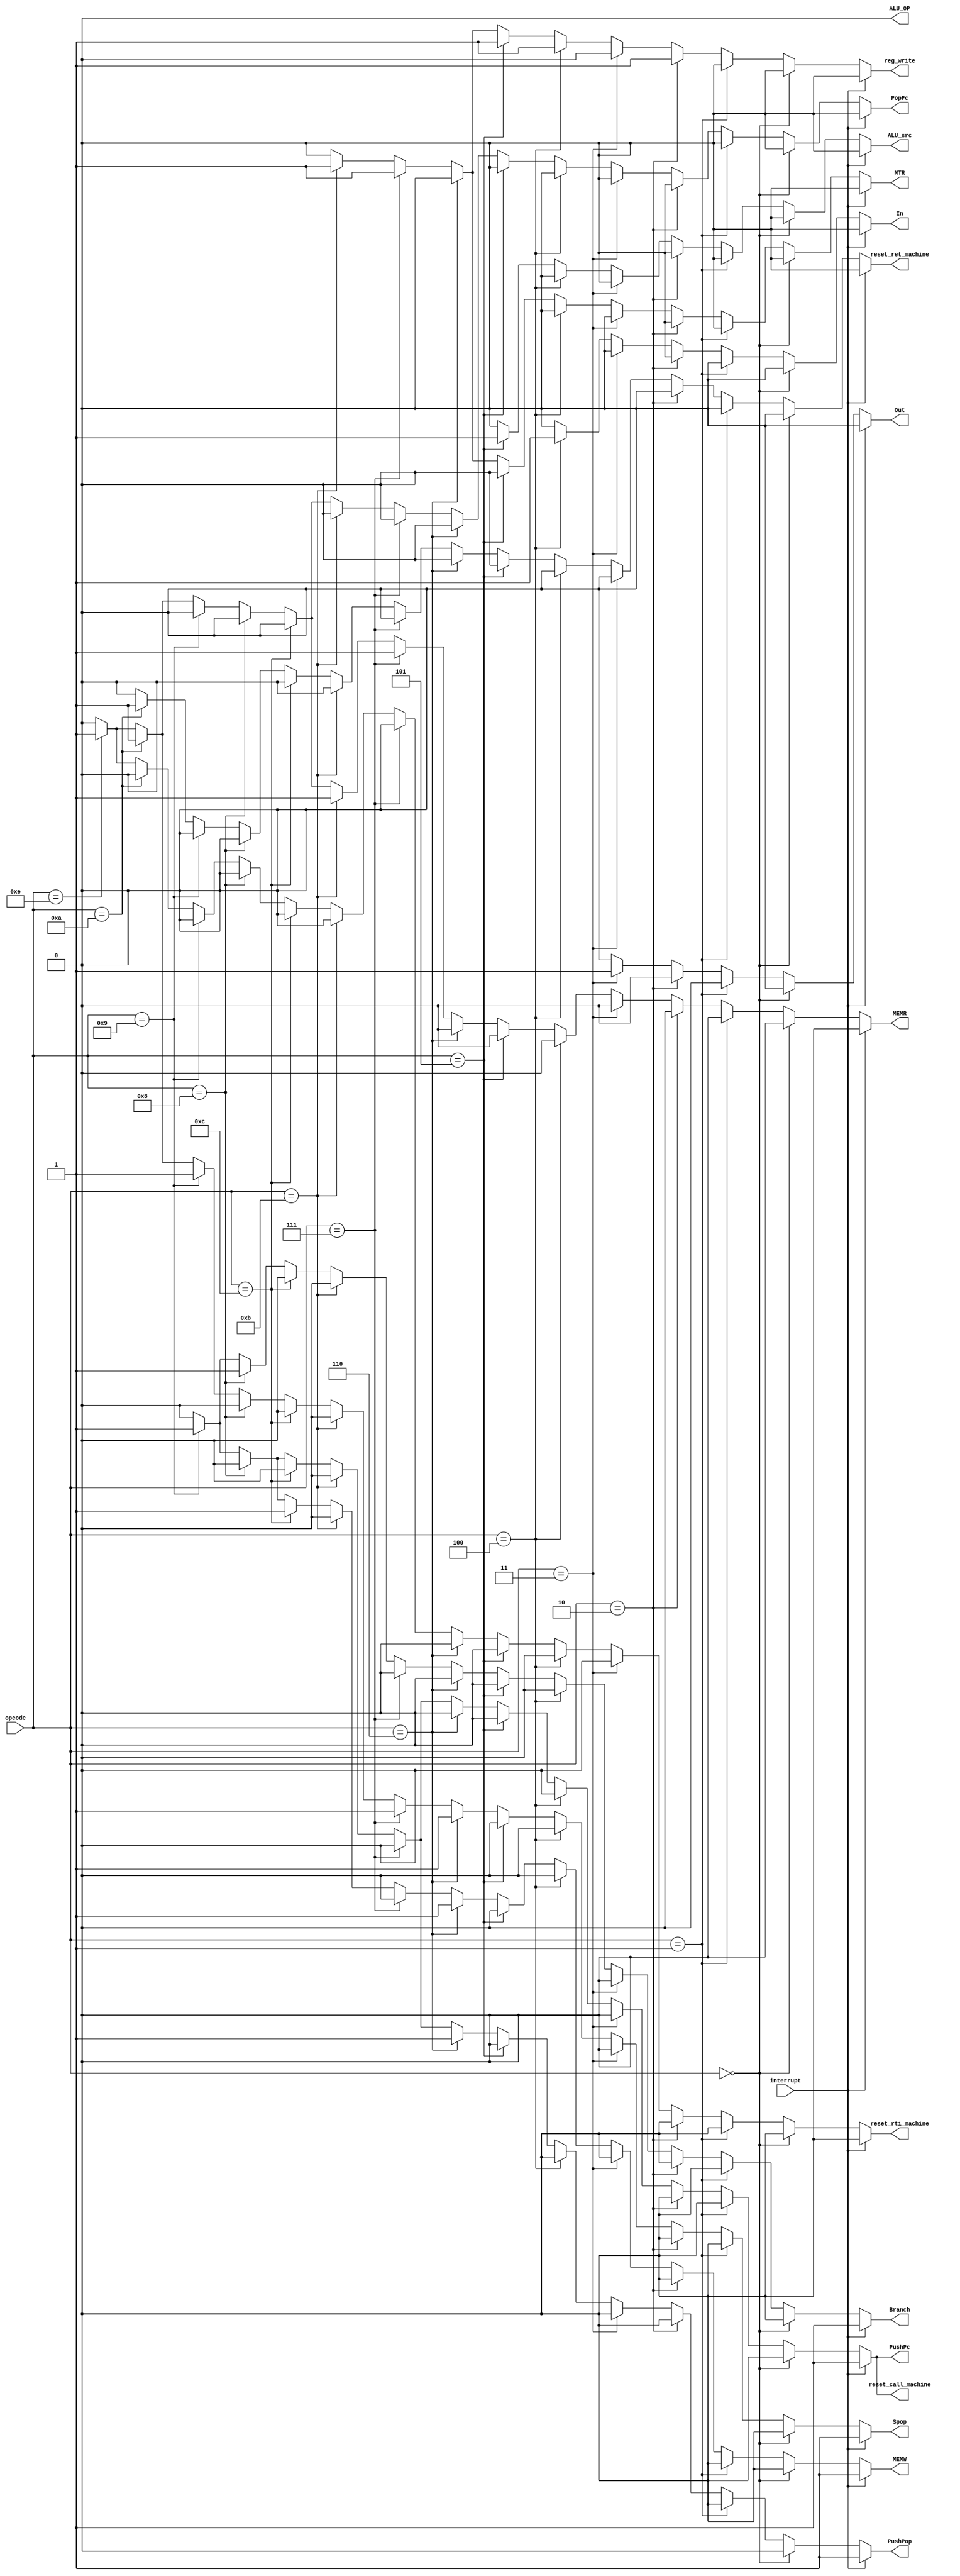

//Controle Signal
/*
Controle Unit which send controle signals 
inputs:
  - opcode(4 bits):Opcode
output:
  -ALU OP
  -ALU src
  -reg write
  -MEMR
  -MEMW
  -Memory to Reg(MTR)
  -Branch
  -Out
  -In
  -PushPop
  -pushPc
  -popPc
  -spop
  // -flush
*/
module CU(
opcode,
interrupt,
ALU_OP,
ALU_src,
reg_write,
MEMR,
MEMW,
MTR,
Branch,
Out,
In,
PushPop,
PushPc,
PopPc,
Spop,
reset_call_machine,
reset_ret_machine,
reset_rti_machine
// Flush
);
input [3:0] opcode;
input interrupt;
output ALU_OP,
ALU_src,
reg_write,
MEMR,
MEMW,
MTR,
Branch,
Out,
In,
PushPop,
PushPc,
PopPc,
Spop;
output reset_call_machine, reset_ret_machine,reset_rti_machine;
// Flush;

//1=>smame as call
assign ALU_OP=1'b0;//NOP
// assign ALU_OP=(interrupt==1'b1)?1'b0:(opcode == 4'b0000) ?1'b0://NOP
//               (opcode == 4'b0001) ?1'b0://CLRC-SETC
//               (opcode == 4'b0010)?1'b0://NOT-INC-DEC-MOV ADD SUB AND OR
//               (opcode == 4'b0011)?1'b0://OUT
//               (opcode == 4'b0100)?1'b1://IN
//               (opcode == 4'b0101)?1'b1://shl-shr-LDM
//               (opcode == 4'b0110)?1'b1://PUSH
//               (opcode == 4'b0111)?1'b1://POP
//               (opcode == 4'b1011)?1'b0://LDD
//               (opcode == 4'b1100)?1'b0://STD
//               (opcode == 4'b1000)?1'b0://JMP -JN -JC -JZ
//               (opcode == 4'b1001)?1'b0://CALL
//               (opcode == 4'b1010)?1'b0://RET
//               (opcode == 4'b1110)?1'b0:1'b0;//RETI
              
assign reset_call_machine = (interrupt==1'b1)?1'b1:
              (opcode == 4'b0000) ?1'b0://NOP
              (opcode == 4'b0001) ?1'b0://CLRC-SETC
              (opcode == 4'b0010)?1'b0://NOT-INC-DEC-MOV ADD SUB AND OR
              (opcode == 4'b0011)?1'b0://OUT
              (opcode == 4'b0100)?1'b0://IN
              (opcode == 4'b0101)?1'b0://shl-shr-LDM
              (opcode == 4'b0110)?1'b0://PUSH
              (opcode == 4'b0111)?1'b0://POP
              (opcode == 4'b1011)?1'b0://LDD
              (opcode == 4'b1100)?1'b0://STD
              (opcode == 4'b1000)?1'b0://JMP -JN -JC -JZ
              (opcode == 4'b1001)?1'b1://CALL
              (opcode == 4'b1010)?1'b0://RET
              (opcode == 4'b1110)?1'b0: 1'b0;//RETI

assign reset_ret_machine = (interrupt==1'b1)?1'b0:
              (opcode == 4'b0000) ?1'b0://NOP
              (opcode == 4'b0001) ?1'b0://CLRC-SETC
              (opcode == 4'b0010)?1'b0://NOT-INC-DEC-MOV ADD SUB AND OR
              (opcode == 4'b0011)?1'b0://OUT
              (opcode == 4'b0100)?1'b0://IN
              (opcode == 4'b0101)?1'b0://shl-shr-LDM
              (opcode == 4'b0110)?1'b0://PUSH
              (opcode == 4'b0111)?1'b0://POP
              (opcode == 4'b1011)?1'b0://LDD
              (opcode == 4'b1100)?1'b0://STD
              (opcode == 4'b1000)?1'b0://JMP -JN -JC -JZ
              (opcode == 4'b1001)?1'b0://CALL
              (opcode == 4'b1010)?1'b1://RET
              (opcode == 4'b1110)?1'b0: 1'b0;//RETI

assign reset_rti_machine = (interrupt==1'b1)?1'b0:
              (opcode == 4'b0000) ?1'b0://NOP
              (opcode == 4'b0001) ?1'b0://CLRC-SETC
              (opcode == 4'b0010)?1'b0://NOT-INC-DEC-MOV ADD SUB AND OR
              (opcode == 4'b0011)?1'b0://OUT
              (opcode == 4'b0100)?1'b0://IN
              (opcode == 4'b0101)?1'b0://shl-shr-LDM
              (opcode == 4'b0110)?1'b0://PUSH
              (opcode == 4'b0111)?1'b0://POP
              (opcode == 4'b1011)?1'b0://LDD
              (opcode == 4'b1100)?1'b0://STD
              (opcode == 4'b1000)?1'b0://JMP -JN -JC -JZ
              (opcode == 4'b1001)?1'b0://CALL
              (opcode == 4'b1010)?1'b0://RET
              (opcode == 4'b1110)?1'b1: 1'b0;//RETI

assign ALU_src=(interrupt==1'b1)?1'b0:(opcode == 4'b0000) ?1'b0://NOP
              (opcode == 4'b0001) ?1'b0://CLRC-SETC
              (opcode == 4'b0010)?1'b0://NOT-INC-DEC-MOV ADD SUB AND OR
              (opcode == 4'b0011)?1'b0://OUT
              (opcode == 4'b0100)?1'b0://IN
              (opcode == 4'b0101)?1'b1://shl-shr-LDM
              (opcode == 4'b0110)?1'b0://PUSH
              (opcode == 4'b0111)?1'b0://POP
              (opcode == 4'b1011)?1'b0://LDD
              (opcode == 4'b1100)?1'b0://STD
              (opcode == 4'b1000)?1'b0://JMP -JN -JC -JZ
              (opcode == 4'b1001)?1'b0://CALL
              (opcode == 4'b1010)?1'b0://RET
              (opcode == 4'b1110)?1'b0:1'b0;//RETI

assign reg_write=(interrupt==1'b1)?1'b0:(opcode == 4'b0000) ?1'b0://NOP
              (opcode == 4'b0001) ?1'b0://CLRC-SETC
              (opcode == 4'b0010)?1'b1://NOT-INC-DEC-MOV ADD SUB AND OR
              (opcode == 4'b0011)?1'b0://OUT
              (opcode == 4'b0100)?1'b1://IN
              (opcode == 4'b0101)?1'b1://shl-shr-LDM
              (opcode == 4'b0110)?1'b0://PUSH
              (opcode == 4'b0111)?1'b1://POP
              (opcode == 4'b1011)?1'b1://LDD
              (opcode == 4'b1100)?1'b0://STD
              (opcode == 4'b1000)?1'b0://JMP -JN -JC -JZ
              (opcode == 4'b1001)?1'b0://CALL
              (opcode == 4'b1010)?1'b0://RET
              (opcode == 4'b1110)?1'b0:1'b0;//RETI

assign MEMR=(interrupt==1'b1)?1'b0:(opcode == 4'b0000) ?1'b0://NOP
              (opcode == 4'b0001) ?1'b0://CLRC-SETC
              (opcode == 4'b0010)?1'b0://NOT-INC-DEC-MOV ADD SUB AND OR
              (opcode == 4'b0011)?1'b0://OUT
              (opcode == 4'b0100)?1'b0://IN
              (opcode == 4'b0101)?1'b0://shl-shr-LDM
              (opcode == 4'b0110)?1'b0://PUSH
              (opcode == 4'b0111)?1'b1://POP
              (opcode == 4'b1011)?1'b1://LDD
              (opcode == 4'b1100)?1'b0://STD
              (opcode == 4'b1000)?1'b0://JMP -JN -JC -JZ
              (opcode == 4'b1001)?1'b0://CALL
              (opcode == 4'b1010)?1'b1://RET
              (opcode == 4'b1110)?1'b1:1'b0;//RETI



assign MEMW=(interrupt==1'b1)?1'b1:
              (opcode == 4'b0000) ?1'b0://NOP
              (opcode == 4'b0001) ?1'b0://CLRC-SETC
              (opcode == 4'b0010)?1'b0://NOT-INC-DEC-MOV ADD SUB AND OR
              (opcode == 4'b0011)?1'b0://OUT
              (opcode == 4'b0100)?1'b0://IN
              (opcode == 4'b0101)?1'b0://shl-shr-LDM
              (opcode == 4'b0110)?1'b1://PUSH
              (opcode == 4'b0111)?1'b0://POP
              (opcode == 4'b1011)?1'b0://LDD
              (opcode == 4'b1100)?1'b1://STD
              (opcode == 4'b1000)?1'b0://JMP -JN -JC -JZ
              (opcode == 4'b1001)?1'b1://CALL
              (opcode == 4'b1010)?1'b0://RET
              (opcode == 4'b1110)?1'b0:1'b0;//RETI


assign MTR=(interrupt==1'b1)?1'b0:(opcode == 4'b0000) ?1'b0://NOP
              (opcode == 4'b0001) ?1'b0://CLRC-SETC
              (opcode == 4'b0010)?1'b0://NOT-INC-DEC-MOV ADD SUB AND OR
              (opcode == 4'b0011)?1'b0://OUT
              (opcode == 4'b0100)?1'b0://IN
              (opcode == 4'b0101)?1'b0://shl-shr-LDM
              (opcode == 4'b0110)?1'b0://PUSH
              (opcode == 4'b0111)?1'b1://POP
              (opcode == 4'b1011)?1'b1://LDD
              (opcode == 4'b1100)?1'b0://STD
              (opcode == 4'b1000)?1'b0://JMP -JN -JC -JZ
              (opcode == 4'b1001)?1'b0://CALL
              (opcode == 4'b1010)?1'b0://RET
              (opcode == 4'b1110)?1'b0:1'b0;//RETI


assign Branch=(interrupt==1'b1)?1'b1:(opcode == 4'b0000) ?1'b0://NOP
              (opcode == 4'b0001) ?1'b0://CLRC-SETC
              (opcode == 4'b0010)?1'b0://NOT-INC-DEC-MOV ADD SUB AND OR
              (opcode == 4'b0011)?1'b0://OUT
              (opcode == 4'b0100)?1'b0://IN
              (opcode == 4'b0101)?1'b0://shl-shr-LDM
              (opcode == 4'b0110)?1'b0://PUSH
              (opcode == 4'b0111)?1'b0://POP
              (opcode == 4'b1011)?1'b0://LDD
              (opcode == 4'b1100)?1'b0://STD
              (opcode == 4'b1000)?1'b1://JMP -JN -JC -JZ
              (opcode == 4'b1001)?1'b1://CALL
              (opcode == 4'b1010)?1'b0://RET
              (opcode == 4'b1110)?1'b0:1'b0;//RETI



assign Out=(interrupt==1'b1)?1'b0:(opcode == 4'b0000) ?1'b0://NOP
              (opcode == 4'b0001) ?1'b0://CLRC-SETC
              (opcode == 4'b0010)?1'b0://NOT-INC-DEC-MOV ADD SUB AND OR
              (opcode == 4'b0011)?1'b1://OUT
              (opcode == 4'b0100)?1'b0://IN
              (opcode == 4'b0101)?1'b0://shl-shr-LDM
              (opcode == 4'b0110)?1'b0://PUSH
              (opcode == 4'b0111)?1'b0://POP
              (opcode == 4'b1011)?1'b0://LDD
              (opcode == 4'b1100)?1'b0://STD
              (opcode == 4'b1000)?1'b0://JMP -JN -JC -JZ
              (opcode == 4'b1001)?1'b0://CALL
              (opcode == 4'b1010)?1'b0://RET
              (opcode == 4'b1110)?1'b0:1'b0;//RETI


assign In=(interrupt==1'b1)?1'b0:(opcode == 4'b0000) ?1'b0://NOP
              (opcode == 4'b0001) ?1'b0://CLRC-SETC
              (opcode == 4'b0010)?1'b0://NOT-INC-DEC-MOV ADD SUB AND OR
              (opcode == 4'b0011)?1'b0://OUT
              (opcode == 4'b0100)?1'b1://IN
              (opcode == 4'b0101)?1'b0://shl-shr-LDM
              (opcode == 4'b0110)?1'b0://PUSH
              (opcode == 4'b0111)?1'b0://POP
              (opcode == 4'b1011)?1'b0://LDD
              (opcode == 4'b1100)?1'b0://STD
              (opcode == 4'b1000)?1'b0://JMP -JN -JC -JZ
              (opcode == 4'b1001)?1'b0://CALL
              (opcode == 4'b1010)?1'b0://RET
              (opcode == 4'b1110)?1'b0:1'b0;//RETI



assign PushPop=(interrupt==1'b1)?1'b1:(opcode == 4'b0000) ?1'b0://NOP
              (opcode == 4'b0001) ?1'b0://CLRC-SETC
              (opcode == 4'b0010)?1'b0://NOT-INC-DEC-MOV ADD SUB AND OR
              (opcode == 4'b0011)?1'b0://OUT
              (opcode == 4'b0100)?1'b0://IN
              (opcode == 4'b0101)?1'b0://shl-shr-LDM
              (opcode == 4'b0110)?1'b1://PUSH
              (opcode == 4'b0111)?1'b0://POP
              (opcode == 4'b1011)?1'b0://LDD
              (opcode == 4'b1100)?1'b0://STD
              (opcode == 4'b1000)?1'b0://JMP -JN -JC -JZ
              (opcode == 4'b1001)?1'b1://CALL
              (opcode == 4'b1010)?1'b0://RET
              (opcode == 4'b1110)?1'b0:1'b0;//RETI

assign PushPc=(interrupt==1'b1)?1'b1:(opcode == 4'b0000) ?1'b0://NOP
              (opcode == 4'b0001) ?1'b0://CLRC-SETC
              (opcode == 4'b0010)?1'b0://NOT-INC-DEC-MOV ADD SUB AND OR
              (opcode == 4'b0011)?1'b0://OUT
              (opcode == 4'b0100)?1'b0://IN
              (opcode == 4'b0101)?1'b0://shl-shr-LDM
              (opcode == 4'b0110)?1'b0://PUSH
              (opcode == 4'b0111)?1'b0://POP
              (opcode == 4'b1011)?1'b0://LDD
              (opcode == 4'b1100)?1'b0://STD
              (opcode == 4'b1000)?1'b0://JMP -JN -JC -JZ
              (opcode == 4'b1001)?1'b1://CALL
              (opcode == 4'b1010)?1'b0://RET
              (opcode == 4'b1110)?1'b0:1'b0;//RETI


assign PopPc=(interrupt==1'b1)?1'b0:(opcode == 4'b0000) ?1'b0://NOP
              (opcode == 4'b0001) ?1'b0://CLRC-SETC
              (opcode == 4'b0010)?1'b0://NOT-INC-DEC-MOV ADD SUB AND OR
              (opcode == 4'b0011)?1'b0://OUT
              (opcode == 4'b0100)?1'b0://IN
              (opcode == 4'b0101)?1'b0://shl-shr-LDM
              (opcode == 4'b0110)?1'b0://PUSH
              (opcode == 4'b0111)?1'b0://POP
              (opcode == 4'b1011)?1'b0://LDD
              (opcode == 4'b1100)?1'b0://STD
              (opcode == 4'b1000)?1'b0://JMP -JN -JC -JZ
              (opcode == 4'b1001)?1'b0://CALL
              (opcode == 4'b1010)?1'b1://RET
              (opcode == 4'b1110)?1'b1:1'b0;//RETI

assign Spop=(interrupt==1'b1)?1'b1:(opcode == 4'b0000) ?1'b0://NOP
              (opcode == 4'b0001) ?1'b0://CLRC-SETC
              (opcode == 4'b0010)?1'b0://NOT-INC-DEC-MOV ADD SUB AND OR
              (opcode == 4'b0011)?1'b0://OUT
              (opcode == 4'b0100)?1'b0://IN
              (opcode == 4'b0101)?1'b0://shl-shr-LDM
              (opcode == 4'b0110)?1'b1://PUSH
              (opcode == 4'b0111)?1'b1://POP
              (opcode == 4'b1011)?1'b0://LDD
              (opcode == 4'b1100)?1'b0://STD
              (opcode == 4'b1000)?1'b0://JMP -JN -JC -JZ
              (opcode == 4'b1001)?1'b1://CALL
              (opcode == 4'b1010)?1'b1://RET
              (opcode == 4'b1110)?1'b1:1'b0;//RETI

// assign Flush=(interrupt==1'b1)?1'b0:(opcode == 4'b0000) ?1'b0://NOP
//                  (opcode == 4'b0001) ?1'b0://CLRC-SETC
//                  (opcode == 4'b0010)?1'b0://NOT
//                  (opcode == 4'b0011)?1'b0://INC
//                  (opcode == 4'b0100)?1'b0://DEC
//                  (opcode == 4'b0101)?1'b0://OUT
//                  (opcode == 4'b0110)?1'b0://IN
//                  (opcode == 4'b0111)?1'b0://
//                  (opcode == 4'b1000)?1'b0://
//                  (opcode == 4'b1001)?1'b0://
//                  (opcode == 4'b1010)?1'b1:1'b0;//                             

endmodule